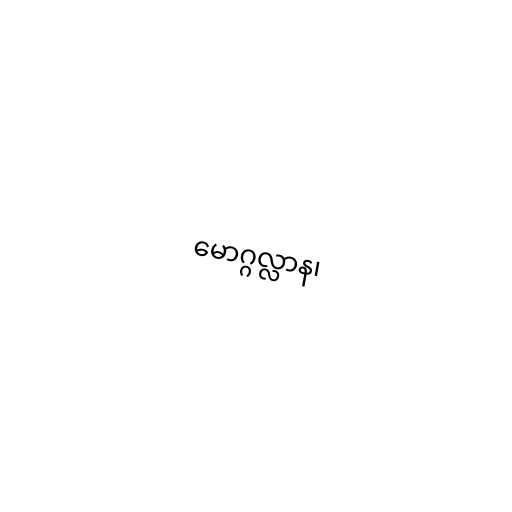
မောဂ္ဂလ္လာန၊